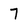
Character: 7